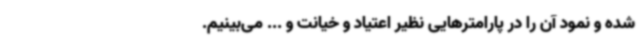
شده و نمود آن را در پارامترهایی نظیر اعتیاد و خیانت و ... می‌بینیم.